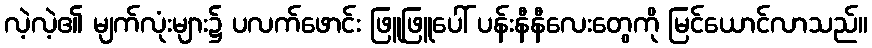
လဲ့လဲ့၏ မျက်လုံးများ၌ ပလက်ဖောင်း ဖြူဖြူပေါ် ပန်းနီနီလေးတွေကို မြင်ယောင်လာသည်။